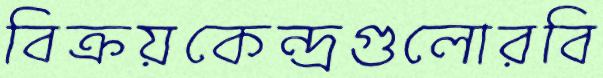
বিক্রয়কেন্দ্রগুলোরবি